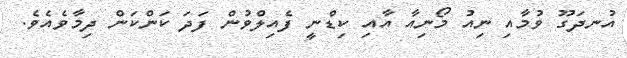
އުނދަގޫ ވުމާއި ނިއު މޯނިއާ އާއި ކިޑްނީ ފެއިލްވުން ފަދަ ކަންކަން ދިމާވެއެވެ.